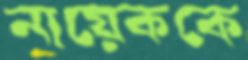
নায়েককে